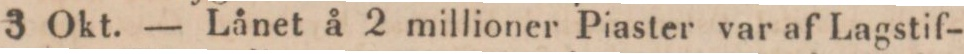
3 Okt. — Lånet å 2 millioner Piaster var af Lagstif-